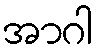
အာဂါ